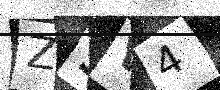
Text: Z9V4